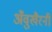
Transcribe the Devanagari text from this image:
अँवुखैरनी